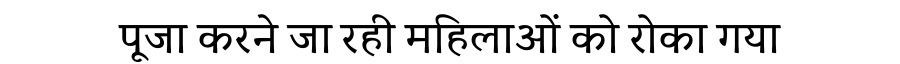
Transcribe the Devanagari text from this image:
पूजा करने जा रही महिलाओं को रोका गया